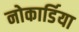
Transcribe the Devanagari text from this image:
नोकार्डिया